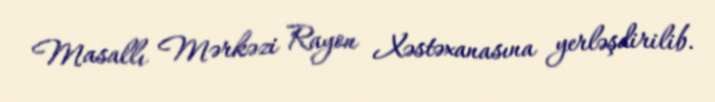
Masallı Mərkəzi Rayon Xəstəxanasına yerləşdirilib.